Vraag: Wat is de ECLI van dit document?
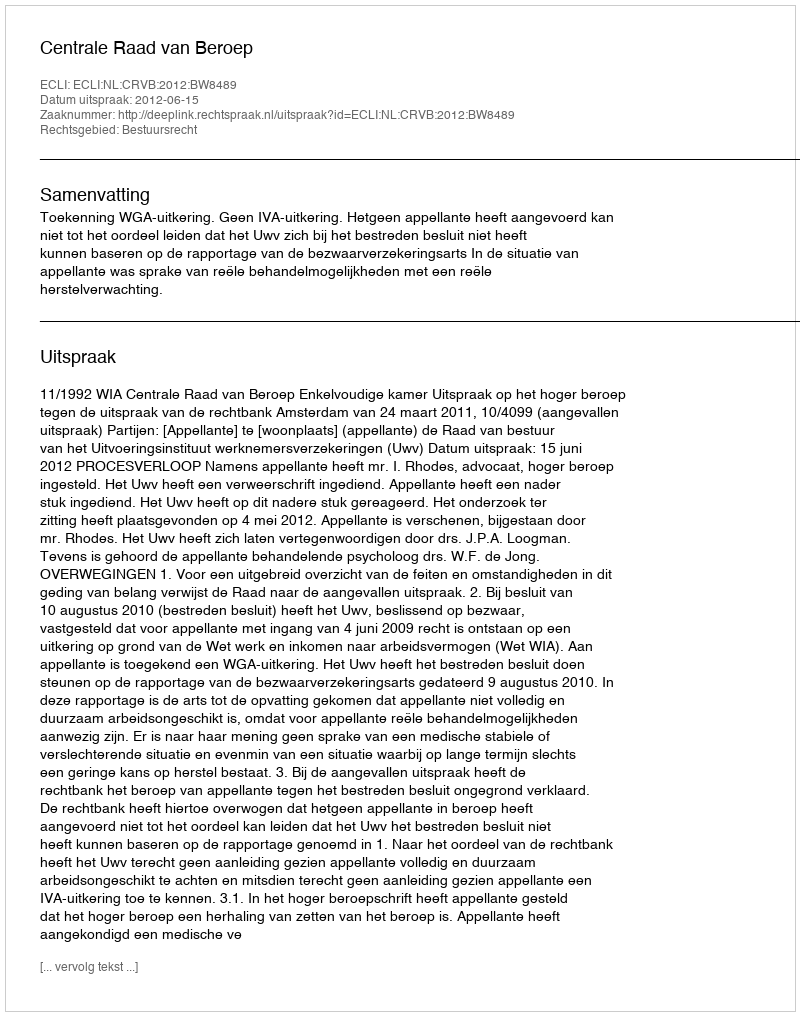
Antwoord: ECLI:NL:CRVB:2012:BW8489